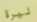
ليرة